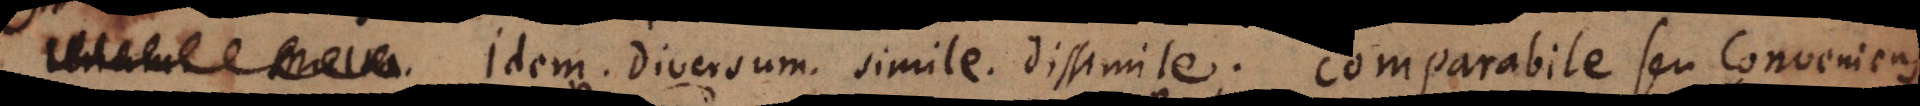
Idem. Diversum. Simile. Dissimile. Comparabile seu Conveniens